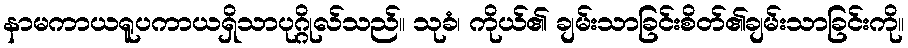
နာမကာယရူပကာယရှိသာပုဂ္ဂိုလ်သည်။ သုခံ၊ ကိုယ်၏ ချမ်းသာခြင်းစိတ်၏ချမ်းသာခြင်းကို။